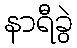
နာရီခွဲ